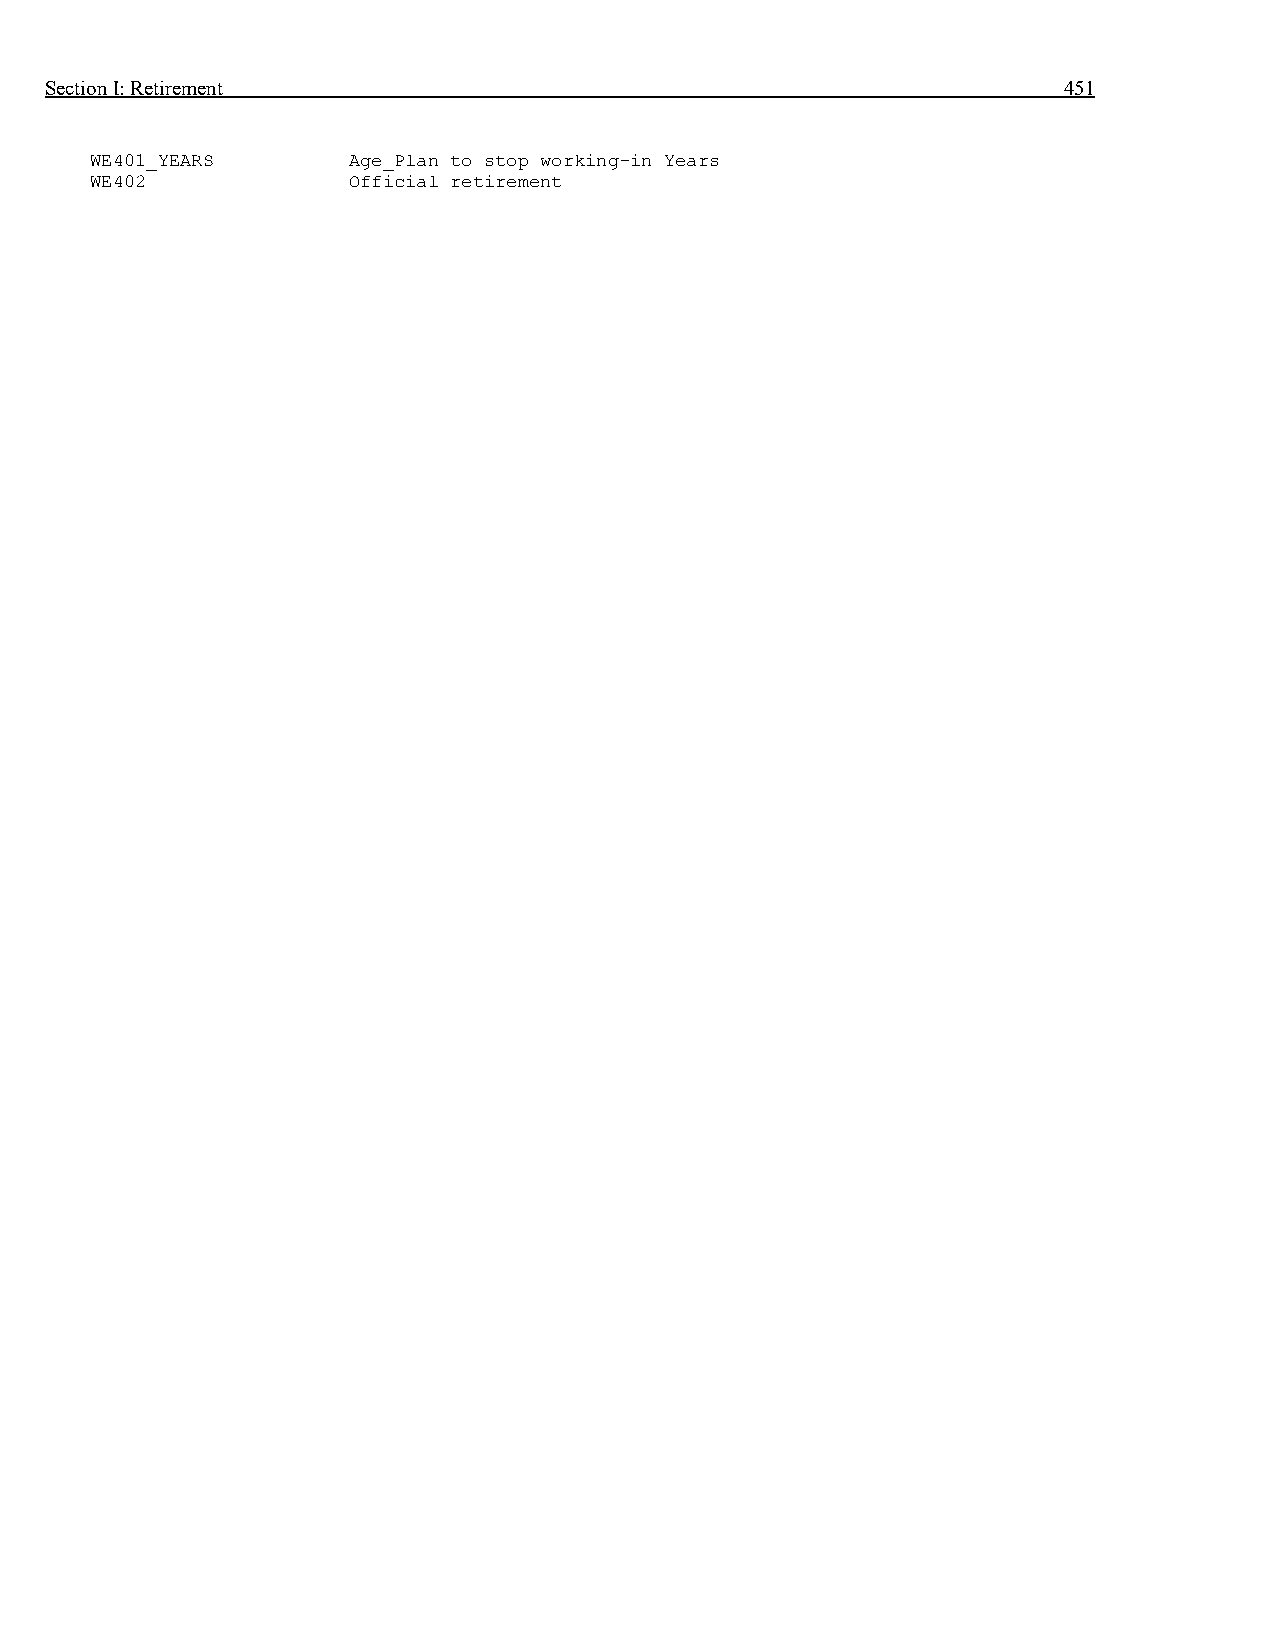
Section I: Retirement                                              451
 WE401_YEARS      Age_Plan to stop working-in Years
 WE402            Official retirement